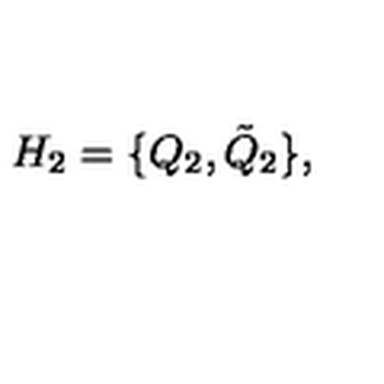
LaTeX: H _ { 2 } = \{ Q _ { 2 } , \tilde { Q } _ { 2 } \} ,